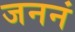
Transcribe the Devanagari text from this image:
जननं